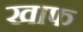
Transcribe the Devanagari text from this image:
खाफ